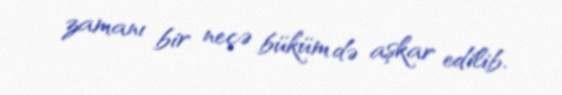
zamanı bir neçə büküm də aşkar edilib.